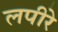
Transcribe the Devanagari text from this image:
लपीरे